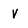
Character: v